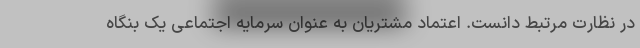
در نظارت مرتبط دانست. اعتماد مشتریان به عنوان سرمایه اجتماعی یک بنگاه